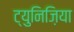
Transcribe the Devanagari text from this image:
ट्युनिज़िया